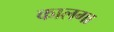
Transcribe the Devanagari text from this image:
कालगा